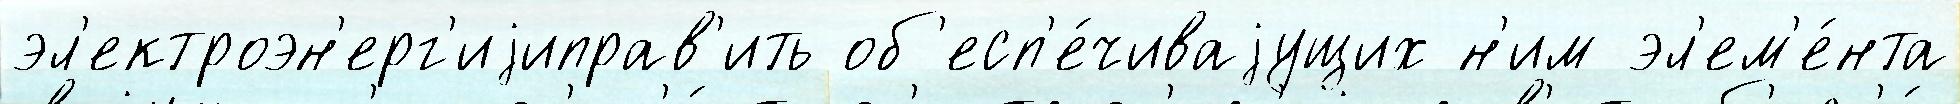
эл'ектроэн'ерг'иjиправ'ить об'есп'е́чиваjущих н'им эл'ем'е́нта